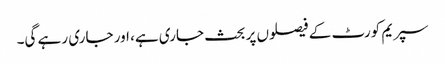
سپریم کورٹ کے فیصلوں پر بحث جاری ہے، اور جاری رہے گی۔